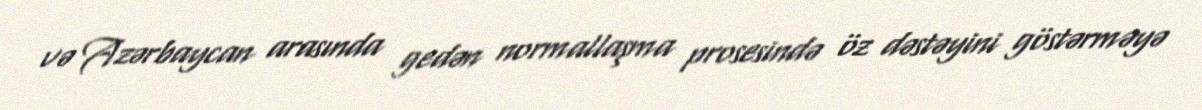
və Azərbaycan arasında gedən normallaşma prosesində öz dəstəyini göstərməyə